Report of the King Institute of Preventive Medicine, Guindy
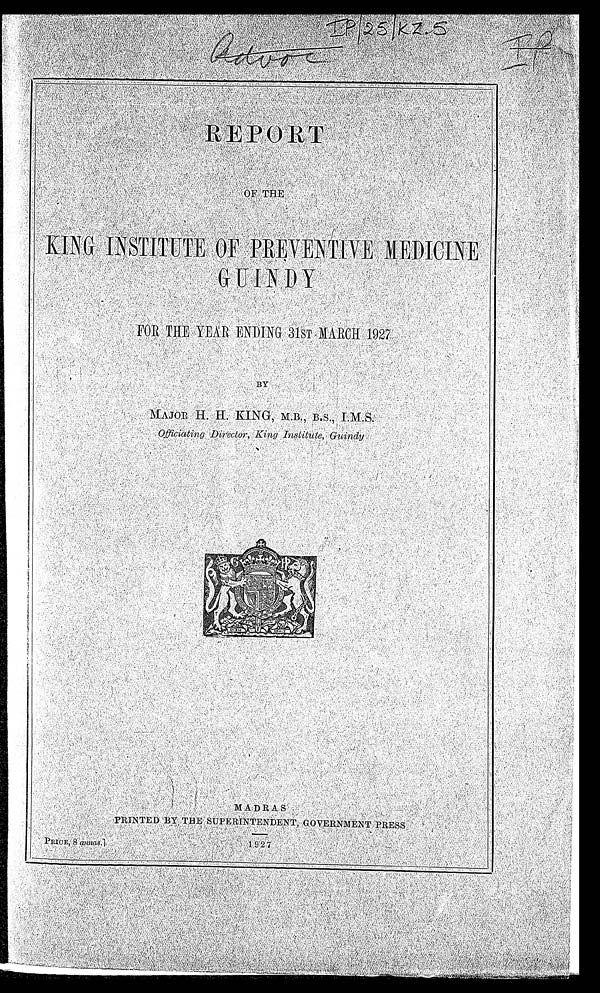
I P/ 25/ KZ. 5
IP
REPORT
OF THE
K I N G I N S T I T U T E O F P R E V E N T I V E M E D I C I N E
GU I N D Y
FOR THE YEAR ENDING 31ST MARCH 1927
BY
MAJOR H. H. KING,
M.B., B.S., I.M.S.
Officiating Director, King Institute, Guindy
MADRAS
PRINTED BY THE SUPERINTENDENT, GOVERNMENT PRESS
PRICE, 8 annas.]
1927